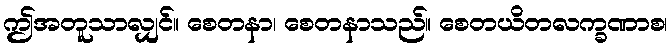
ဤအတူသာလျှင်။ စေတနာ၊ စေတနာသည်။ စေတယိတလက္ခဏာစ၊